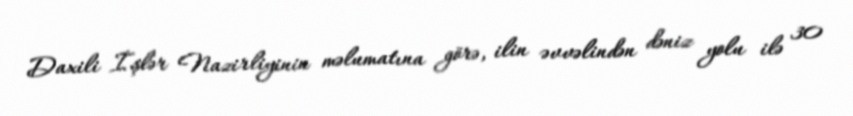
Daxili İşlər Nazirliyinin məlumatına görə, ilin əvvəlindən dəniz yolu ilə 30